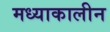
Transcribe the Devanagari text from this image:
मध्याकालीन